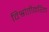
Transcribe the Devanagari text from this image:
विश्रांतीकरिता